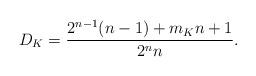
LaTeX: \begin{align*}D_K=\frac{ 2^{n-1}(n-1)+ m_Kn+1}{2^nn}.\end{align*}